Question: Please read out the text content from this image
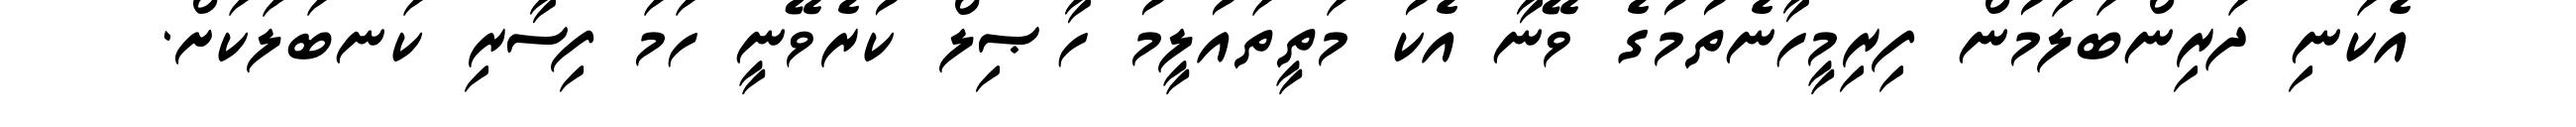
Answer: އެކަނި ދަރިންބަލަމުން ފިރިމީހާނެތުމުގެ ވޭނާ އެކު މަތީތައުލީމު ހާޞިލް ކުރެވޭނީ ހަމަ ފިސާރި ކަނބަލަކަށް.